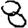
Digit: 8